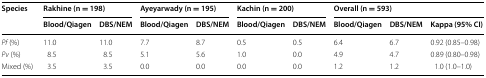
<table><thead><tr><td rowspan="2"><b>Species</b></td><td colspan="2"><b>Rakhine (n = 198)</b></td><td colspan="2"><b>Ayeyarwady (n = 195)</b></td><td colspan="2"><b>Kachin (n = 200)</b></td><td colspan="3"><b>Overall (n = 593)</b></td></tr><tr><td><b>Blood/Qiagen</b></td><td><b>DBS/NEM</b></td><td><b>Blood/Qiagen</b></td><td><b>DBS/NEM</b></td><td><b>Blood/Qiagen</b></td><td><b>DBS/NEM</b></td><td><b>Blood/Qiagen</b></td><td><b>DBS/NEM</b></td><td><b>Kappa (95% CI)</b></td></tr></thead><tbody><tr><td><i>Pf</i> (%)</td><td>11.0</td><td>11.0</td><td>7.7</td><td>8.7</td><td>0.5</td><td>0.5</td><td>6.4</td><td>6.7</td><td>0.92 (0.85–0.98)</td></tr><tr><td><i>Pv</i> (%)</td><td>8.5</td><td>8.5</td><td>5.1</td><td>5.6</td><td>1.0</td><td>0.0</td><td>4.9</td><td>4.7</td><td>0.89 (0.80–0.98)</td></tr><tr><td>Mixed (%)</td><td>3.5</td><td>3.5</td><td>0.0</td><td>0.0</td><td>0.0</td><td>0.0</td><td>1.2</td><td>1.2</td><td>1.0 (1.0–1.0)</td></tr></tbody></table>